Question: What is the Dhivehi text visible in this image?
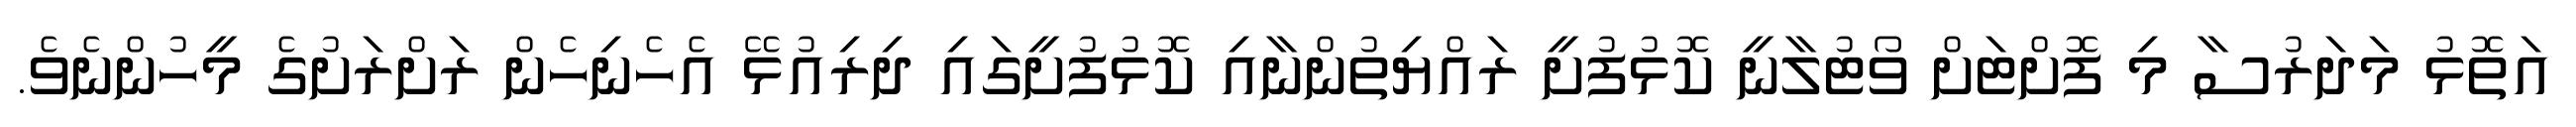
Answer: އަތޮޅު މަދަރުސާ މި ފޮށްޓަށް ވޯޓުލާނީ ކޮޅުފުށީ ރައްޔިތުންނާއި ކޮޅުފުށީގައި ދިރިއުޅޭ އެހެނިހެން ރަށްރަށުގެ މީހުންނެވެ.